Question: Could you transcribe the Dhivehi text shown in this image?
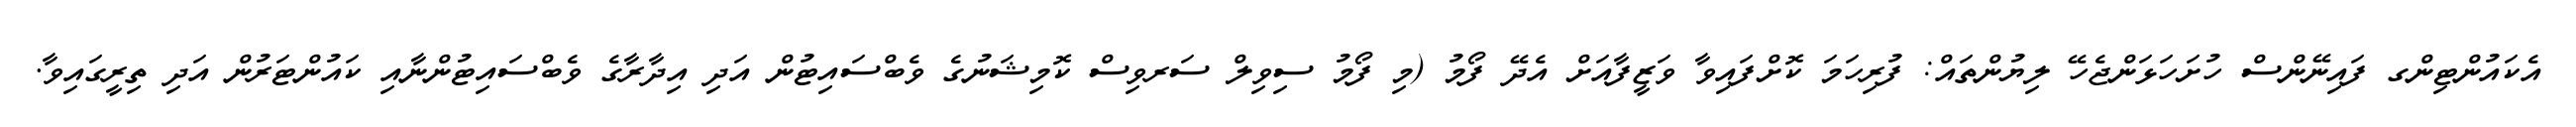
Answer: އެކައުންޓިންގ ފައިނޭންސް ހުށަހަޅަންޖެހޭ ލިޔުންތައް: ފުރިހަމަ ކޮށްފައިވާ ވަޒީފާއަށް އެދޭ ފޯމު (މި ފޯމު ސިވިލް ސަރވިސް ކޮމިޝަނުގެ ވެބްސައިޓުން އަދި އިދާރާގެ ވެބްސައިޓުންނާއި ކައުންޓަރުން އަދި ތިރީގައިވާ.